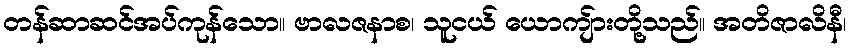
တန်ဆာဆင်အပ်ကုန်သော။ ဗာလဇနာစ၊ သူငယ် ယောကျ်ားတို့သည်။ အတိဇာလိနီ၊